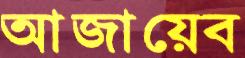
আজায়েব